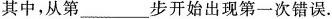
其中，从第___步开始出现第一次错误.